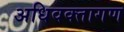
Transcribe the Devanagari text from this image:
अधिवक्तागण